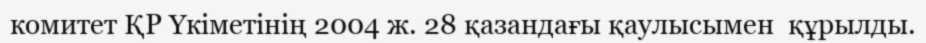
комитет ҚР Үкіметінің 2004 ж. 28 қазандағы қаулысымен  құрылды.